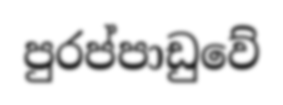
පුරප්පාඩුවේ